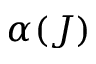
\alpha ( J )